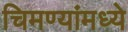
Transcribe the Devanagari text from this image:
चिमण्यांमध्ये